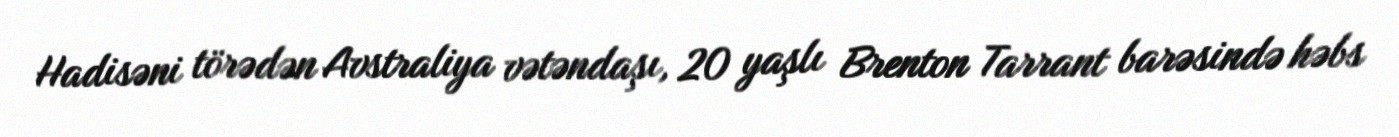
Hadisəni törədən Avstraliya vətəndaşı, 20 yaşlı Brenton Tarrant barəsində həbs